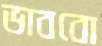
ভাববো